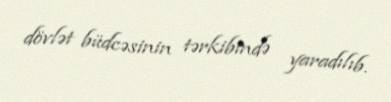
dövlət büdcəsinin tərkibində yaradılıb.